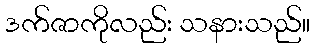
ဒက်ဇာကိုလည်း သနားသည်။